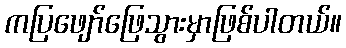
ကပြဖျော်ဖြေသွားမှာဖြစ်ပါတယ်။